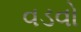
વડવો